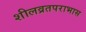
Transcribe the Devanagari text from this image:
शीलव्रतपराभास